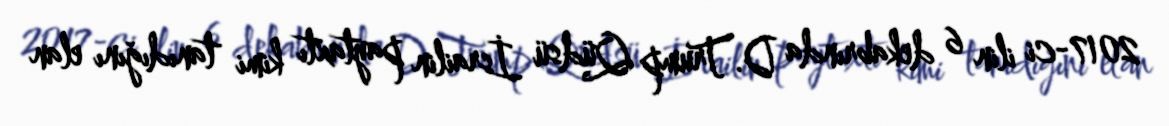
2017-ci ilin 6 dekabrında D.Trump Qüdsü İsrailin paytaxtı kimi tanıdığını elan